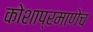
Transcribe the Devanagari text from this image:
कोशाप्रमाणेच